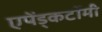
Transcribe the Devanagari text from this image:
एपेंड्कटॉमी